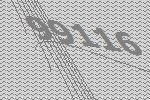
99116